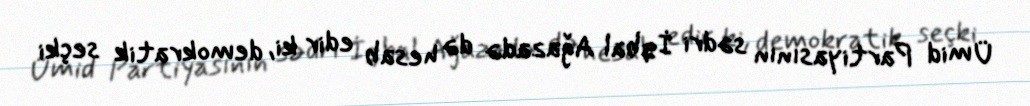
Ümid Partiyasının sədri İqbal Ağazadə də hesab edir ki, demokratik seçki